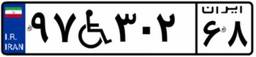
۹۷W۳۰۲۶۸